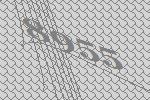
8955